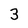
Character: 3